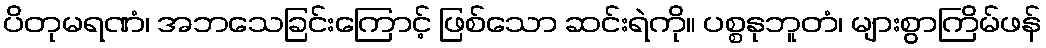
ပိတုမရဏံ၊ အဘသေခြင်းကြောင့် ဖြစ်သော ဆင်းရဲကို။ ပစ္စနုဘူတံ၊ များစွာကြိမ်ဖန်